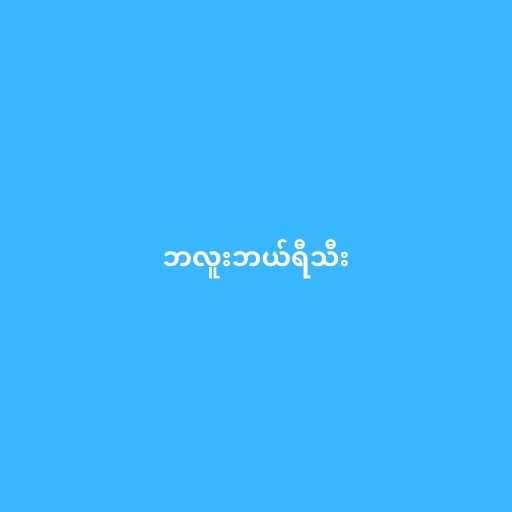
ဘလူးဘယ်ရီသီး